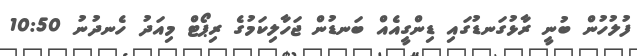
ފުލުހުން ބުނީ ރާޅުގަނޑުގައި ޑިންގީއެއް ބަނޑުން ޖަހާލިކަމުގެ ރިޕޯޓް މިއަދު ހެނދުނު 10:50